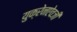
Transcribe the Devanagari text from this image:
युक्रेनऐवजी